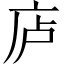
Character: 𪪏